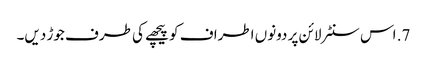
7. اس سنٹر لائن پر دونوں اطراف کو پیچھے کی طرف جوڑ دیں۔